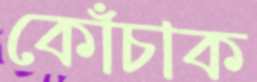
কোঁচাক